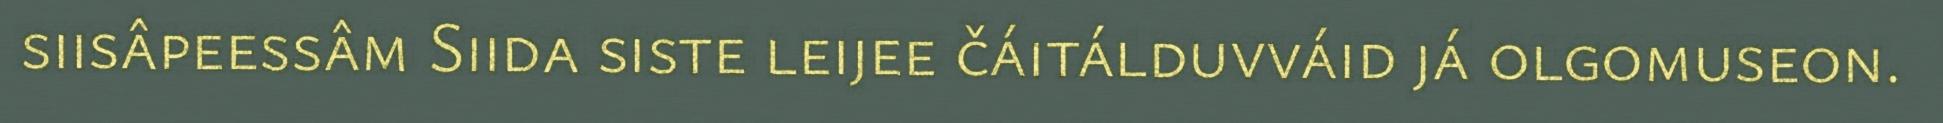
siisâpeessâm Siida siste leijee čáitálduvváid já olgomuseon.